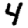
Digit: 4